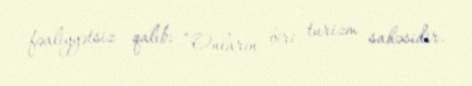
fəaliyyətsiz qalıb: “Onların biri turizm sahəsidir.